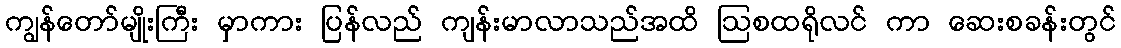
ကျွန်တော်မျိုးကြီး မှာကား ပြန်လည် ကျန်းမာလာသည်အထိ ဩစထရိုလင် ကာ ဆေးစခန်းတွင်